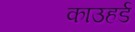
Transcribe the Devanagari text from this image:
काउहर्ड